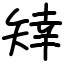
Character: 䂔